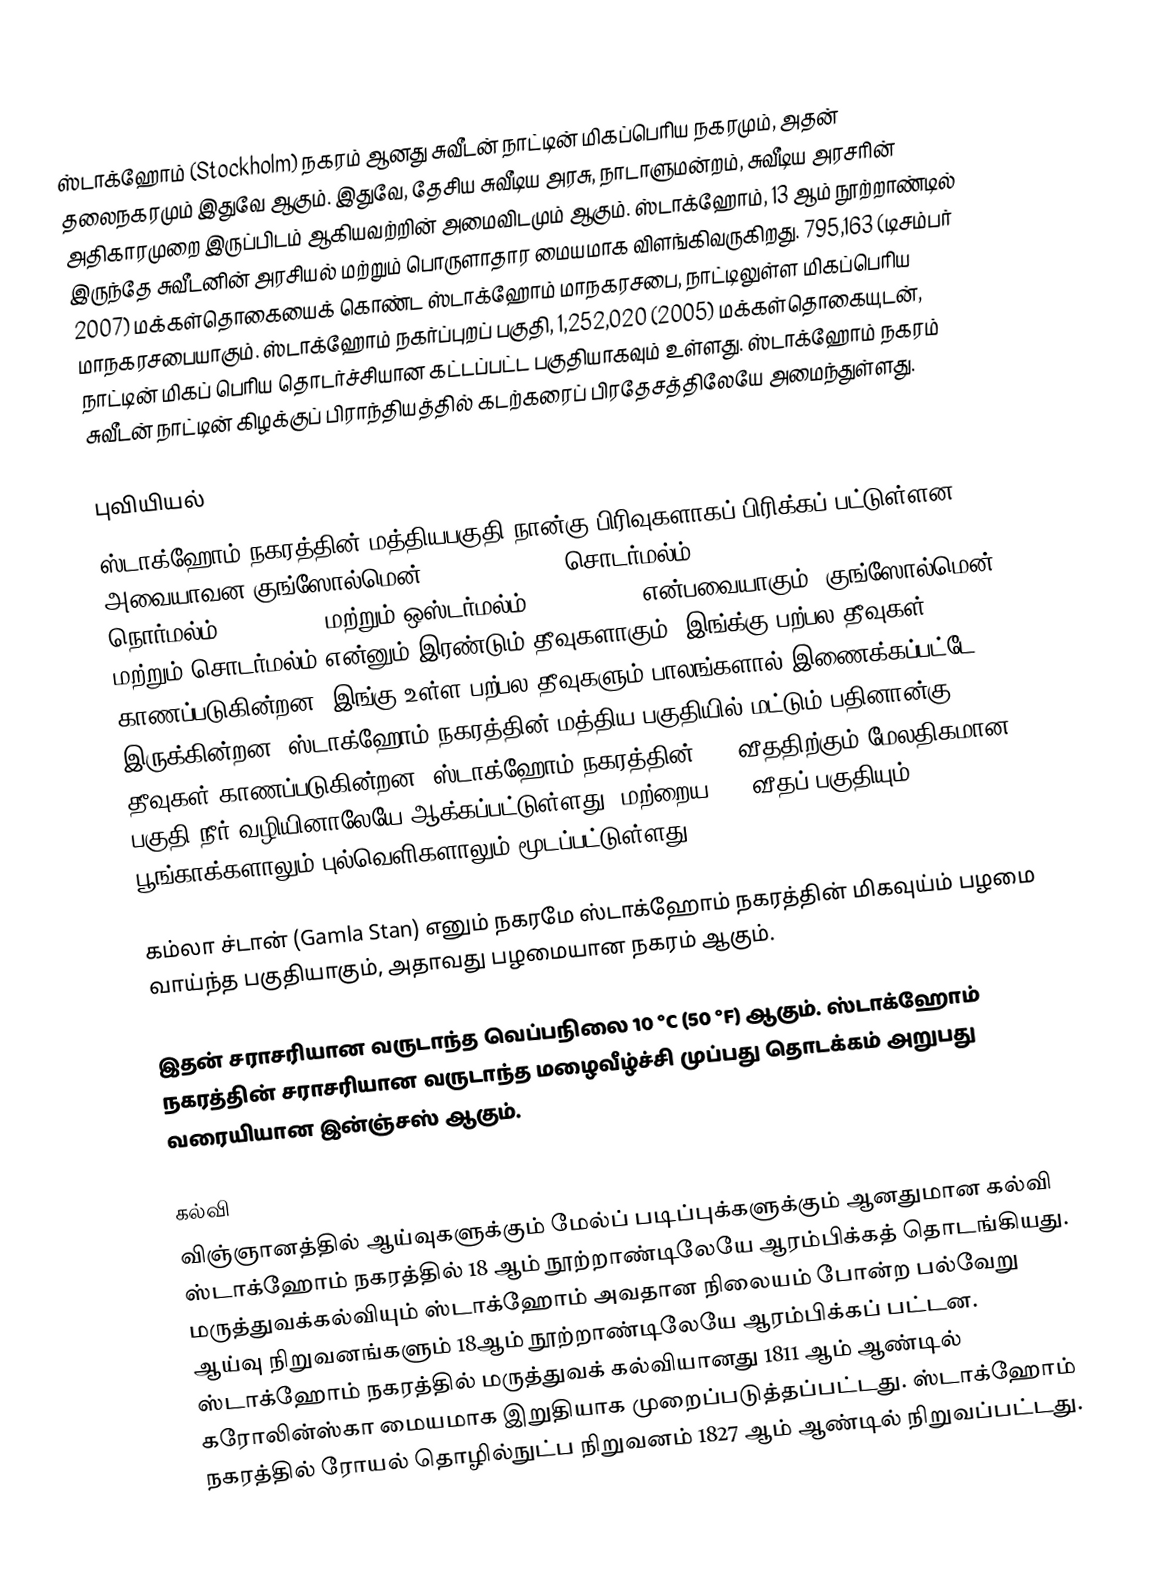
ஸ்டாக்ஹோம் (Stockholm) நகரம் ஆனது சுவீடன் நாட்டின் மிகப்பெரிய நகரமும், அதன் தலைநகரமும் இதுவே ஆகும். இதுவே, தேசிய சுவீடிய அரசு, நாடாளுமன்றம், சுவீடிய அரசரின் அதிகாரமுறை இருப்பிடம் ஆகியவற்றின் அமைவிடமும் ஆகும். ஸ்டாக்ஹோம், 13 ஆம் நூற்றாண்டில் இருந்தே சுவீடனின் அரசியல் மற்றும் பொருளாதார மையமாக விளங்கிவருகிறது. 795,163 (டிசம்பர் 2007) மக்கள்தொகையைக் கொண்ட ஸ்டாக்ஹோம் மாநகரசபை, நாட்டிலுள்ள மிகப்பெரிய மாநகரசபையாகும். ஸ்டாக்ஹோம் நகர்ப்புறப் பகுதி, 1,252,020 (2005) மக்கள்தொகையுடன், நாட்டின் மிகப் பெரிய தொடர்ச்சியான கட்டப்பட்ட பகுதியாகவும் உள்ளது. ஸ்டாக்ஹோம் நகரம் சுவீடன் நாட்டின் கிழக்குப் பிராந்தியத்தில் கடற்கரைப் பிரதேசத்திலேயே அமைந்துள்ளது.

புவியியல்
ஸ்டாக்ஹோம் நகரத்தின் மத்தியபகுதி நான்கு பிரிவுகளாகப் பிரிக்கப் பட்டுள்ளன. அவையாவன குங்ஸோல்மென் (Kungsholmen), சொடர்மல்ம் (Södermalm), நொர்மல்ம்(Norrmalm), மற்றும் ஒஸ்டர்மல்ம் (Östermalm) என்பவையாகும். குங்ஸோல்மென் மற்றும் சொடர்மல்ம் என்னும் இரண்டும் தீவுகளாகும். இங்க்கு பற்பல தீவுகள் காணப்படுகின்றன. இங்கு உள்ள பற்பல தீவுகளும் பாலங்களால் இணைக்கப்பட்டே இருக்கின்றன. ஸ்டாக்ஹோம் நகரத்தின் மத்திய பகுதியில் மட்டும் பதினான்கு தீவுகள் காணப்படுகின்றன. ஸ்டாக்ஹோம் நகரத்தின் 30% வீததிற்கும் மேலதிகமான பகுதி நீர் வழியினாலேயே ஆக்கப்பட்டுள்ளது. மற்றைய 30% வீதப் பகுதியும் பூங்காக்களாலும் புல்வெளிகளாலும் மூடப்பட்டுள்ளது.

கம்லா ச்டான் (Gamla Stan) எனும் நகரமே ஸ்டாக்ஹோம் நகரத்தின் மிகவுய்ம் பழமை வாய்ந்த பகுதியாகும், அதாவது பழமையான நகரம் ஆகும்.

இதன் சராசரியான வருடாந்த வெப்பநிலை 10 °C (50 °F) ஆகும். ஸ்டாக்ஹோம் நகரத்தின் சராசரியான வருடாந்த மழைவீழ்ச்சி முப்பது தொடக்கம் அறுபது வரையியான இன்ஞ்சஸ் ஆகும்.

கல்வி
விஞ்ஞானத்தில் ஆய்வுகளுக்கும் மேல்ப் படிப்புக்களுக்கும் ஆனதுமான கல்வி ஸ்டாக்ஹோம் நகரத்தில் 18 ஆம் நூற்றாண்டிலேயே ஆரம்பிக்கத் தொடங்கியது. மருத்துவக்கல்வியும்  ஸ்டாக்ஹோம் அவதான நிலையம் போன்ற பல்வேறு ஆய்வு நிறுவனங்களும் 18ஆம் நூற்றாண்டிலேயே ஆரம்பிக்கப் பட்டன. ஸ்டாக்ஹோம் நகரத்தில் மருத்துவக் கல்வியானது 1811 ஆம் ஆண்டில் கரோலின்ஸ்கா மையமாக இறுதியாக முறைப்படுத்தப்பட்டது. ஸ்டாக்ஹோம் நகரத்தில் ரோயல் தொழில்நுட்ப நிறுவனம் 1827 ஆம் ஆண்டில் நிறுவப்பட்டது.